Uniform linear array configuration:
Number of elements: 64
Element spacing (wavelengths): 0.5
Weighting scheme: hamming
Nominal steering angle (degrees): -30
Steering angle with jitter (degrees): -28.868
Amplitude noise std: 0.05
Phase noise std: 0.05

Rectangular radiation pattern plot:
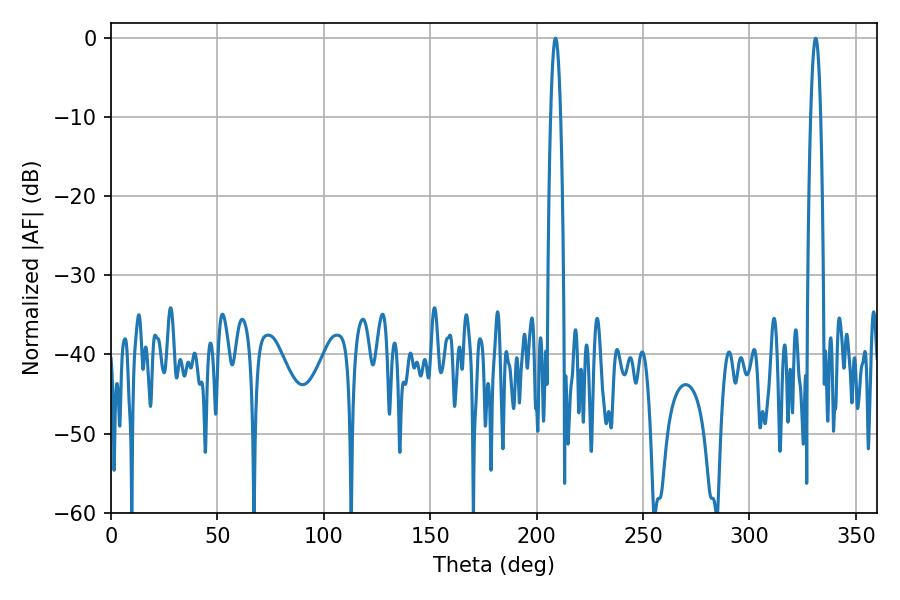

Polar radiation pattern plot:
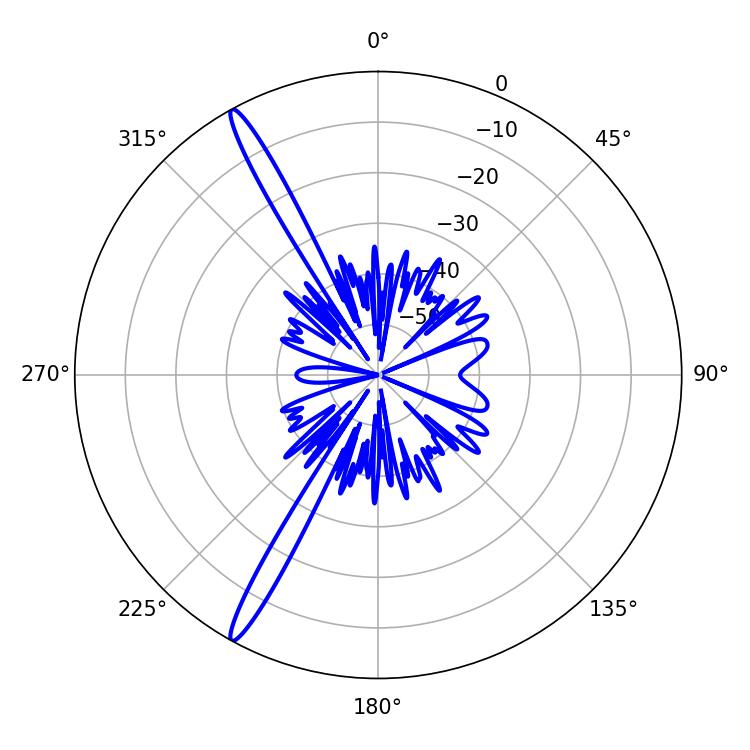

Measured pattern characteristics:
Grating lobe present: FALSE
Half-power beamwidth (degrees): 2.52
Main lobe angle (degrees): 208.8